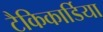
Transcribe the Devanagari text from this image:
टैकिकार्डिया